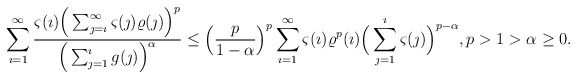
\begin{align*}\sum_{\imath=1}^{\infty}\frac{\varsigma(\imath)\Big(\sum_{\jmath=\imath}^{\infty}\varsigma(\jmath)\varrho(\jmath)\Big)^p}{\Big(\sum_{\jmath=1}^{\imath}g(\jmath)\Big)^\alpha}\leq \Big(\frac{p}{1-\alpha}\Big)^p\sum_{\imath=1}^{\infty}\varsigma(\imath)\varrho^p(\imath)\Big(\sum_{\jmath=1}^{\imath}\varsigma(\jmath)\Big)^{p-\alpha}, p>1>\alpha\geq0. \end{align*}